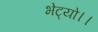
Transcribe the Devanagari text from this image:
भेट्यो।।